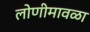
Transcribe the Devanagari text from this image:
लोणीमावळा